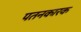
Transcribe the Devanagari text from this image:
पतनकारक